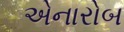
એનારોબ